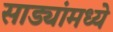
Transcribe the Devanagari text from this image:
साड्यांमध्ये